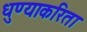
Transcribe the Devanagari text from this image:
धुण्याकरिता